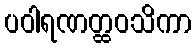
ပဝါရဏတ္ထဝသိကာ